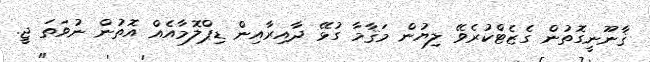
ޤާނޫނީގޮތުން ގެޒެޓްކުރެވޭ ލިޔުން މަޤާމާ ގުޅޭ ދާއިރާއިން ޑިޕްލޮމާއެއް އޮތުން ނުވަތަ ޖީ.